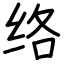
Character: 络